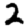
Digit: 2